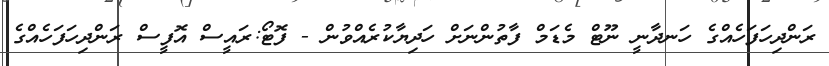
ރަންދިހަފަހެއްގެ ހަނދާނީ ނޫޓް މެޑަމް ފާތުންނަށް ހަދިޔާކުރެއްވުން - ފޮޓޯ:ރައީސް އޮފީސް ރަންދިހަފަހެއްގެ